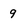
Character: 9